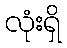
လုံးရှိ